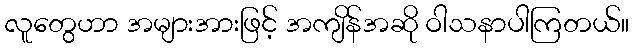
လူတွေဟာ အများအားဖြင့် အကျိန်အဆို ဝါသနာပါကြတယ်။